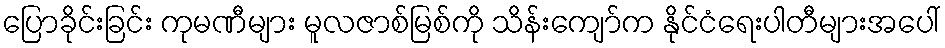
ပြောခိုင်းခြင်း ကုမဏီများ မူလဇာစ်မြစ်ကို သိန်းကျော်က နိုင်ငံရေးပါတီများအပေါ်